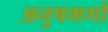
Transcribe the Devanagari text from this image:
अनुषमगों